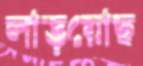
লড়িয়েছি